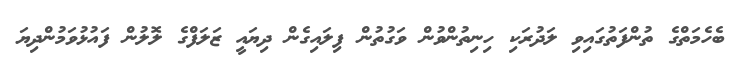
ބެހެމަތްގެ ތުންފަތުގައިވި ލަދުރަކި ހިނިތުންވުން ވަގުތުން ފިލައިގެން ދިޔައީ ޒަލަފްގެ ލޮލުން ފައުޅުވަމުންދިޔަ